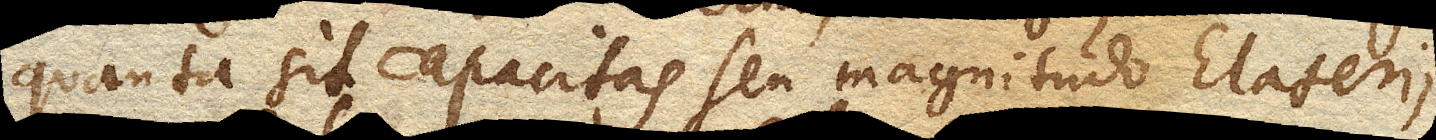
quanta sit capacitas seu magnitudo Elaterii,